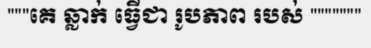
"""គេ ឆ្លាក់ ធ្វើជា រូបភាព របស់ """""""